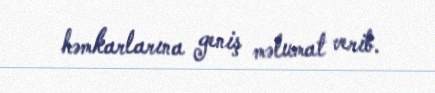
həmkarlarına geniş məlumat verib.